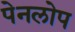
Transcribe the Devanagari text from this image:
पेनलोप